Report of the Indian Hemp Drugs Commission, 1894-1895 - Volume V
Year: 1894
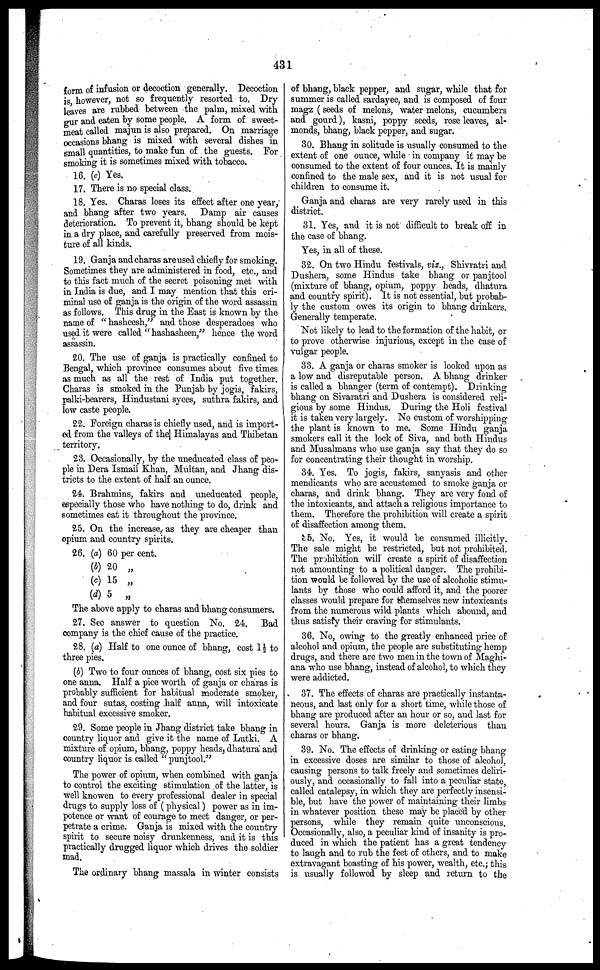
431
form of infusion or decoction generally. Decoction
is however, not so frequently resorted to. Dry
leaves are rubbed between the palm, mixed with
gur and eaten by some people. A form of sweet-
meat called majun is also prepared. On marriage
occasions bhang is mixed with several dishes in
small quantities, to make fun of the guests. For
smoking it is sometimes mixed with tobacco.
16. (c) Yes.
17. There is no special class.
18. Yes. Charas loses its effect after one year,
and bhang after two years. Damp air causes
deterioration. To prevent it, bhang should be kept
in a dry place, and carefully preserved from mois-
ture of all kinds.
19. Ganja and charas are used chiefly for smoking.
Sometimes they are administered in food, etc., and
to this fact much of the secret poisoning met with
in India is due, and I may mention that this cri-
minal use of ganja is the origin of the word assassin
as follows. This drug in the East is known by the
name of " hasheesh," and those desperadoes who
used it were called " hashasheen," hence the word
assassin.
20. The use of ganja is practically confined to
Bengal, which province consumes about five times
as much as all the rest of India put together.
Charas is smoked in the Punjab by jogis, fakirs,
palki-bearers, Hindustani syces, suthra fakirs, and
low caste people.
22. Foreign charas is chiefly used, and is import-
ed from the valleys of the] Himalayas and Thibetan
territory.
23. Occasionally, by the uneducated class of peo-
ple in Dera Ismail Khan, Multan, and Jhang dis-
tricts to the extent of half an ounce.
24. Brahmins, fakirs and uneducated people,
especially those who have nothing to do, drink and
sometimes eat it throughout the province.
25. On the increase, as they are cheaper than
opium and country spirits.
26. (a) 60 per cent.
(b) 20 „
(c) 15 „
(d) 5 „
The above apply to charas and bhang consumers.
27. Sec answer to question No. 24. Bad
company is the chief cause of the practice.
28. (a) Half to one ounce of bhang, cost 1½ to
three pies.
(b) Two to four ounces of bhang, cost six pies to
one anna. Half a pice worth of ganja or charas is
probably sufficient for habitual moderate smoker,
and four sutas, costing half anna, will intoxicate
habitual excessive smoker.
29. Some people in Jhang district take bhang in
country liquor and give it the name of Lutki. A
mixture of opium, bhang, poppy heads, dhatura and
country liquor is called " punjtool."
The power of opium, when combined with ganja
to control the exciting stimulation of the latter, is
well knowen to every professional dealer in special
drugs to supply loss of ( physical) power as in im-
poteuce or want of courage to meet danger, or per-
petrate a crime. Ganja is mixed with the country
spirit to secure noisy drunkenness, and it is this
practically drugged liquor which drives the soldier
mad.
The ordinary bhang massala in winter consists
of bhang, black pepper, and sugar, while that for
summer is called sardayee, and is composed of four
magz (seeds of melons, water melons, cucumbers
and gourd), kasni, poppy seeds, rose leaves, al-
monds, bhang, black pepper, and sugar.
30. Bhang in solitude is usually consumed to the
extent of one ounce, while in company it may be
consumed to the extent of four ounces. It is mainly
confined to the male sex, and it is not usual for
children to consume it.
Ganja and charas are very rarely used in this
district.
31. Yes, and it is not difficult to break off: in
the case of bhang.
Yes, in all of these.
32. On two Hindu festivals, viz., Shivratri and
Dushera, some Hindus take bhang or panjtool
(mixture of bhang, opium, poppy heads, dhatura
and country spirit). It is not essential, but probab-
ly the custom owes its origin to bhang drinkers.
Generally temperate.
Not likely to lead to the formation of the habit, or
to prove otherwise injurious, except in the Case of
vulgar people.
33. A ganja or charas smoker is looked upon as
a low and disreputable person. A bhang drinker
is called a bhanger (term of contempt). Drinking
bhang on Sivaratri and Dushera is considered reli-
gious by some Hindus. During the Holi festival
it is taken very largely. No custom of worshipping
the plant is known to me. Some Hindu ganja
smokers call it the lock of Siva, and both Hindus
and Musalmans who use ganja say that they do so
for concentrating their thought in worship.
34. Yes. To jogis, fakirs, sanyasis and other
mendicants who are accustomed to smoke ganja or
charas, and drink bhang. They are very fond of
the intoxicants, and attach a religious importance to
them. Thorefore the prohibition will create a spirit
of disaffection among them.
85. No. Yes, it would be consumed illicitly.
The sale might be restricted, but not prohibited.
The prohibition will create a spirit of disaffection
not amounting to a political danger. The prohibi-
tion would be followed by the use of alcoholic stimu-
lants by those who could afford it, and the poorer
classes would prepare for themselves new intoxicants
from the numerous wild plants which abound, and
thus satisfy their craving for stimulants.
36. No, owing to the greatly enhanced price of
alcohol and opium, the people are substituting hemp
drugs, and there are two men in the town of Maghi-
ana who use bhang, instead of alcohol, to which they
were addicted.
37. The effects of charas are practically instanta-
neous, and last only for a short time, while those of
bhang are produced after an hour or so, and last for
several hours. Ganja is more deleterious than
charas or bhang.
39. No. The effects of drinking or eating bhang
in excessive doses are similar to those of alcohol,
causing persons to talk freely and sometimes deliri-
ously, and occasionally to fall into a peculiar state,
called catalepsy, in which they are perfectly insensi-
ble, but have the power of maintaining their limbs
in whatever position these may be placed by other
persons, while they remain quite unconscious.
Occasionally, also, a peculiar kind of insanity is pro-
duced in which the patient has a great tendency
to laugh and to rub the feet of others, and to make
extravagant boasting of his power, wealth, etc.; this
is usually followed by sleep and return to the